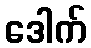
ဒေါက်